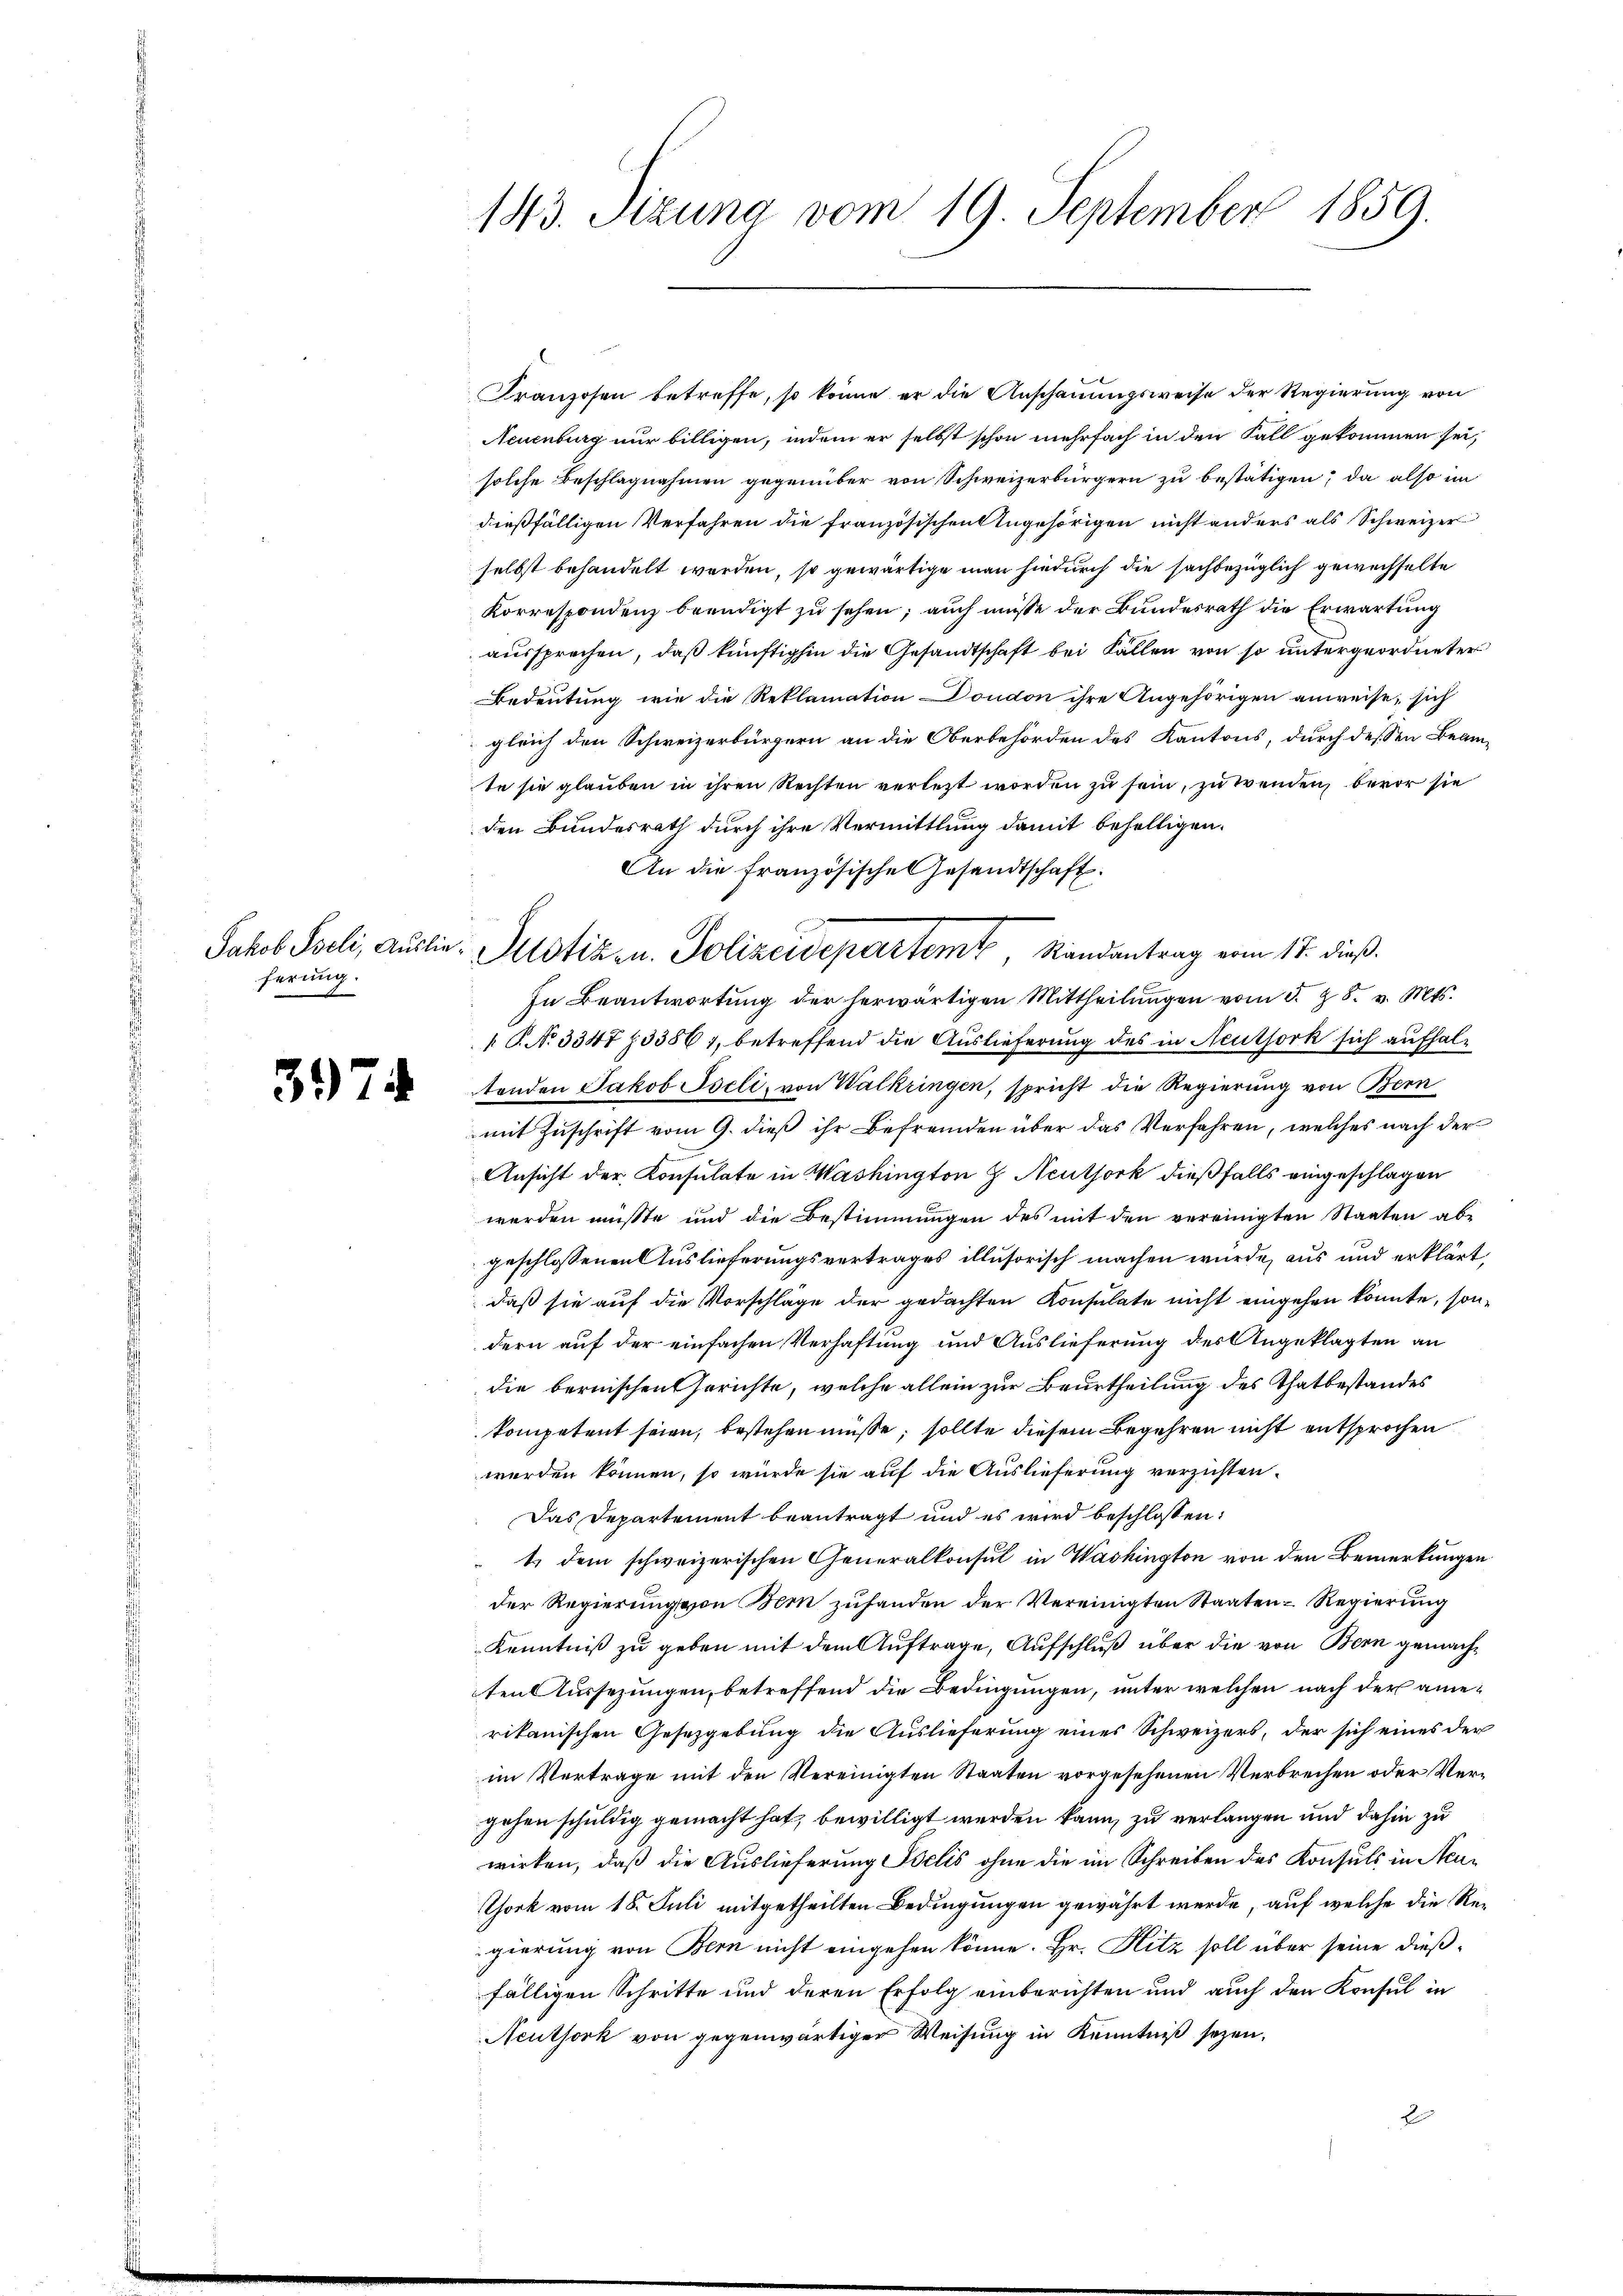
ferung.

3974

143. Sizung vom 19. September 1859.

Jakob Soeli, Auslie-Potiz u. Polizeidepartemt, Randantrag vom 17. dieß

Franzosen betreffe, so könne er die Anschauungsweise der Regierung von
Neuenburg nur billigen, indem er selbst schon mehrfach in den Fall gekommen sei,
solche Beschlagnahmen gegenüber von Schweizerbürgern zu bestätigen; da also im
dießfälligen Verfahren die französischen Angehörigen nicht anders als Schweizer
selbst behandelt werden, so gewärtige man hiedurch die sachbezüglich gewechselte
Korrespondenz beendigt zu sehen; auch müsse der Bundesrath die Erwartung
aussprechen, daß künftighin die Gesandtschaft bei Fällen von so untergeordneter
Bedeutung wie die Reklamation Dondon ihre Angehörigen anweise, sich
gleich den Schweizerbürgern an die Oberbehörden des Kantons, durch dessen Beam
te sie glauben in ihren Rechten verletzt worden zu sein, zu wenden, bevor sie
den Bundesrath durch ihre Vermittlung damit behelligen.
An die französische Gesandtschaft.
In Beantwortŭng der herwärtigen Mittheilŭngen vom 5. 28. v. Mts.
 P. No 3347 § 33867, betreffend die Auslieferung des in Neuthork sich aufhaltenden Jakob Iseli, von Walkringen, spricht die Regierung von Bern
mit Zuschrift vom 9. dieß ihr Befremden über das Verfahren, welches nach der
Ansicht der Konsulate in Washington Z Acuthork dießfalls eingeschlagen
werden müßte und die Bestimmungen des mit den vereinigten Staaten abe
geschlossenen Auslieferungsvertrages illusorisch machen würde, aus und erklärt,
daß sie auf die Vorschläge der gedachten Konsulate nicht eingehen könnte, sondern auf der einfachen Verhaftung und Auslieferung des Angeklagten an
die bernischen Gerichte, welche allein zur Beurtheilung des Thatbestandes
kompetent seien, bestehen müsse, sollte diesem Begehren nicht entsprochen
werden können, so würde sie auf die Auslieferung verzichten.
Das Departement beantragt und es wird beschlossen:
ts dem schweizerischen Generalkonsul in Washington von den Bemerkungen
der Regierung von Bern zufanden der Vereinigten Staaten-Regierung
Kenntniß zu geben mit dem Auftrage, Aufschluß über die von Bern gemachten Aussezungen, betreffend die Bedingungen, unter welchen nach der amerikanischen Gesetzgebung die Auslieferung eines Schweizers, der sich eines der
im Vertrage mit den Vereinigten Staaten vorgesehenen Verbrechen oder Vergehen schuldig gemacht hat, bewilligt werden kann, zu verlangen und dahin zu
wirken, daß die Auslieferung selis ohne die im Schreiben des Konsuls in Neu¬
Thork vom 18. Juli mitgetheilten Bedingungen gewährt werde, auf welche die Regierung von Bern nicht eingehen könne. Hr. Hitz soll über seine dießfälligen Schritte und deren Erfolg einberichten und auch den Konsul in
Neuthork von gegenwärtiger Weisung in Kenntniß sezen.